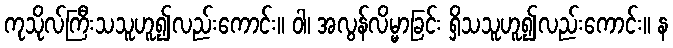
ကုသိုလ်ကြီးသသူဟူ၍လည်းကောင်း။ ဝါ၊ အလွန်လိမ္မာခြင်း ရှိသသူဟူ၍လည်းကောင်း။ န